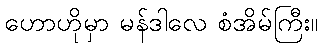
ဟောဟိုမှာ မန်ဒါလေ စံအိမ်ကြီး။